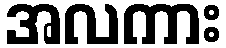
အလကား